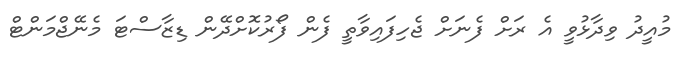
މުއީދު ވިދާޅުވީ އެ ރަށް ފެނަށް ޖެހިފައިވާތީ ފެން ފޯރުކޮށްދޭން ޑިޒާސްޓަ މެނޭޖްމަންޓް